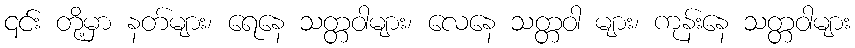
၎င်း တို့မှာ နတ်များ၊ ရေနေ သတ္တဝါများ၊ လေနေ သတ္တဝါ များ၊ ကုန်းနေ သတ္တဝါများ